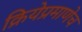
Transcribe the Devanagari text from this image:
क्रियेप्रमाणेच